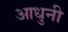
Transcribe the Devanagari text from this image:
आधुनी